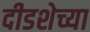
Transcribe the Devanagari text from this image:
दीडशेच्या